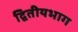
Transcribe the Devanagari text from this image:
द्वितीयभाग